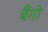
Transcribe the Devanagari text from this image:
बैंगो